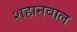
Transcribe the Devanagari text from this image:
शहानवाल